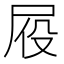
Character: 𪨍